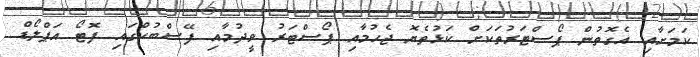
ކަމަށާއި އެގޮތުން ޕޯސްޓަރުތަކަށް ކަޅުތެޔޮ ޖެހުމާއި ޕޯސްޓަރު ވީދުމާއި ފޭސްބުކްގައި ފޮޓޯ އަޕްލޯޑް